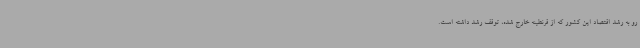
رو به رشد اقتصاد این کشور که از قرنطینه خارج شده، توقف رشد داشته است.